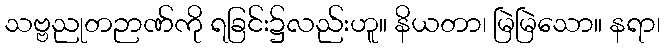
သဗ္ဗညုတဉာဏ်ကို ရခြင်း၌လည်းဟူ။ နိယတာ၊ မြဲမြဲသော။ နရာ၊